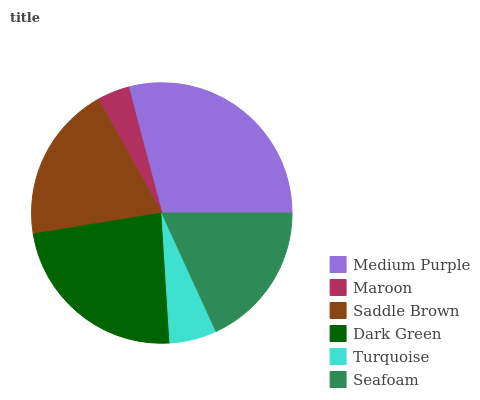
| Medium Purple | Maroon | Saddle Brown | Dark Green | Turquoise | Seafoam |
 | --- | --- | --- | --- | --- | --- |
 | 29.1% | 4.01% | 19.4% | 23.4% | 5.86% | 18.2% |